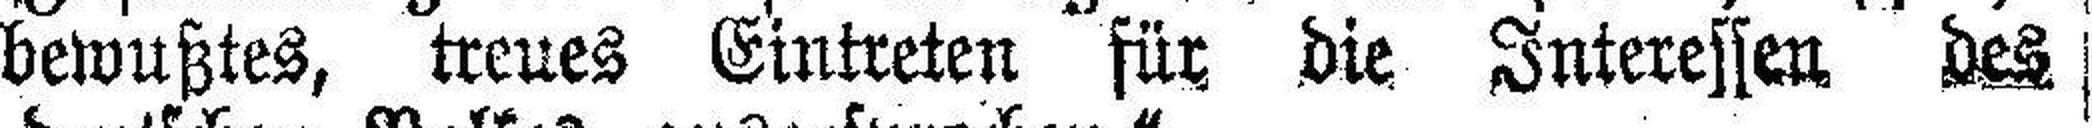
bewußtes, treues Eintreten für die Interessen des